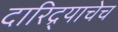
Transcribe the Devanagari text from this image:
दारिद्र्याचेच